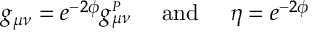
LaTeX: g _ { \mu \nu } = e ^ { - 2 \phi } g _ { \mu \nu } ^ { _ P } \ \ \ \ \mathrm { a n d } \ \ \ \ \eta = e ^ { - 2 \phi }